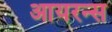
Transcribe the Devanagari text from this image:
आयरन्‍स